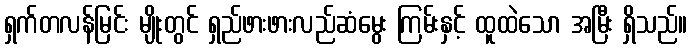
ရှက်တလန်မြင်း မျိုးတွင် ရှည်ဖားဖားလည်ဆံမွေး ကြမ်းနှင့် ထူထဲသော အမြီး ရှိသည်။